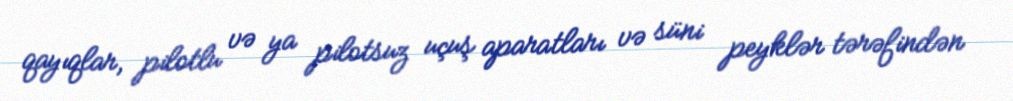
qayıqlar, pilotlu və ya pilotsuz uçuş aparatları və süni peyklər tərəfindən